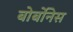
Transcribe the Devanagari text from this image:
बोर्बोनेस